Annual report of the Imperial Bacteriologist
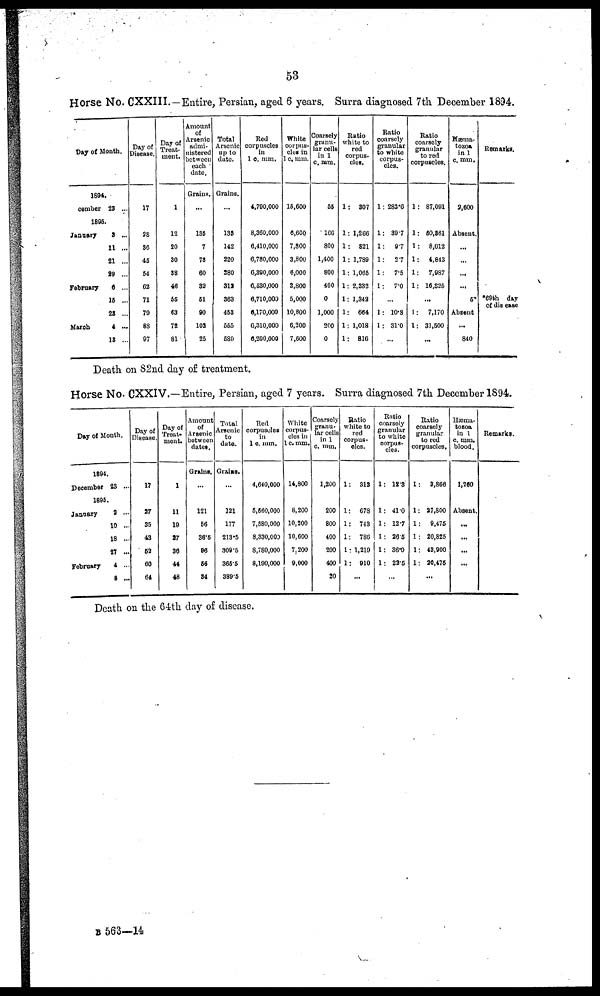
53
Horse No. CXXIII.—Entire, Persian, aged 6 years. Surra diagnosed 7th December 1894.
Day of Month.
1894.
December 23 ...
1895.
January 3 ...
11 ...
21 ...
29 ...
February
6 ...
15 ...
23 ...
March
4 ...
13 ...
Day of
Disease.
17
28
36
45
54
62
71
79
88
97
Day of
Treat-
ment.
1
12
20
30
38
46
55
63
72
81
Amount
of
Arsenic
admi-
nistered
between
each
date.
Grains.
...
135
7
78
60
32
51
90
102
25
Total
Arsenic
up to
date.
Grains.
...
135
142
220
280
312
363
453
555
580
Red
corpuscles
in
1 c. mm.
4,790,000
8,360,000
6,410,000
6,780,000
6,390,000
6,530,000
6,710,000
6,170,000
6,310,000
6,200,000
White
corpus-
cles in
1 c. mm.
15,600
6,600
7,800
3,800
6,000
2,800
5,000
10,800
6,200
7,600
Coarsely
granu-
lar cells
in 1
c. mm.
55
166
800
1,400
800
400
0
1,000
200
0
Ratio
white to
red
corpus¬
cles.
1: 307
1: 1,266
1: 821
1: 1,789
1: 1,065
1: 2,332
1: 1,342
1: 664
1: 1,018
1: 816
Ratio
coarsely
granular
to white
corpus-
cles.
1: 283.6
1: 39.7
1: 9.7
1: 2.7
1: 7.5
1: 7.0
...
1: 10.8
1: 31.0
...
Ratio
coarsely
granular
to red
corpuscles.
1: 87,091
1: 50,361
1: 8,012
1: 4,843
1: 7,987
1: 16,825
...
1: 7,170
1: 31,500
...
Hæma-
tozoa
in 1
c. mm.
2,600
Absent.
...
...
...
...
5*
Absent
...
840
Remarks.
*69th day
of disease
Death on 82nd day of treatment.
Horse No. CXXIV.—Entire, Persian, aged 7 years. Surra diagnosed 7th December 1894.
Day of Month.
1894.
December 23 ...
1895.
January
2 ...
10 ...
18 ...
27 ...
February
4 ...
8 ...
Day of
Disease.
17
27
36
43
52
60
64
Day of
Treat-
ment.
1
11
19
27
36
44
48
Amount
of
Arsenic
between
dates.
Grains.
...
121
56
36.5
96
56
34
Total
Arsenic
to
date.
Grains.
...
121
177
213.5
309.5
365.5
389.5
Red
corpuscles
in
1 c. mm.
4,640,000
5,560,000
7,580,000
8,330,000
8,780,000
8,190,000
White
corpus-
cles in
1 c. mm.
14,800
8,200
10,200
10,600
7,200
9,000
Coarsely
granu-
lar cells
in 1
c. mm.
1,200
200
800
400
200
400
20
Ratio
white to
red
corpus-
cles.
1: 313
1: 678
1: 743
1: 786
1: 1,219
1: 910
...
Ratio
coarsely
granular
to white
corpus-
cles.
1: 12.3
1: 41.0
1: 12.7
1: 26.5
1: 36.0
1: 22.5
...
Ratio
coarsely
granular
to red
corpuscles.
1: 3,866
1: 27,800
1: 9,475
1 : 20,825
1: 43,900
1: 20,475
...
Hæma-
tozoa
in 1
c. mm.
blood.
1,260
Absent.
...
...
...
...
Remarks.
Death on the 64th day of disease.
B 563—14